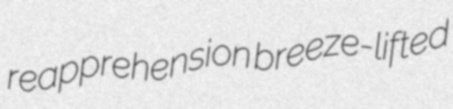
reapprehension breeze-lifted